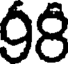
98